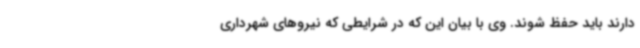
دارند باید حفظ شوند. وی با بیان این که در شرایطی که نیروهای شهرداری